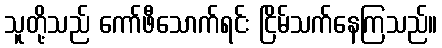
သူတို့သည် ကော်ဖီသောက်ရင်း ငြိမ်သက်နေကြသည်။